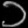
Digit: ၁